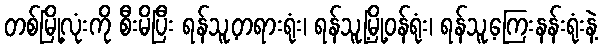
တစ်မြို့လုံးကို စီးမိပြီး ရန်သူ့တရားရုံး၊ ရန်သူ့မြို့ဝန်ရုံး၊ ရန်သူ့ကြေးနန်းရုံးနဲ့